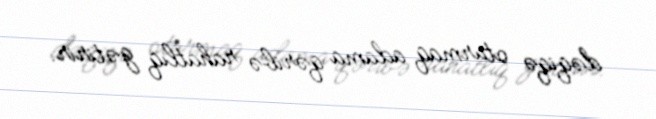
dəqiqə oturmaq adama qəribə rahatlıq gətirir.